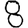
Digit: 8